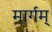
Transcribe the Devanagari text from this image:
मार्गम्